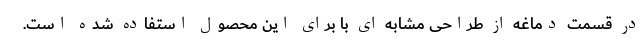
در قسمت دماغه از طراحی مشابه ای با برای این محصول استفاده شده است.